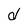
Character: d